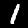
Digit: 1